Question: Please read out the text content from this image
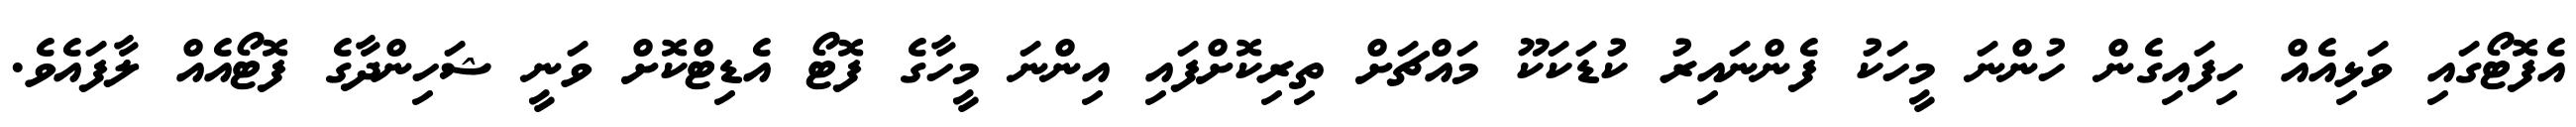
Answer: އެފޮޓޯގައި ވަޅިއެއް ހިފައިގެން ހުންނަ މީހަކު ފެންނައިރު ކުޑަކަކޫ މައްޗަށް ތިރިކޮށްފައި އިންނަ މީހާގެ ފޮޓޯ އެޑިޓްކޮށް ވަނީ ޝަހިންދާގެ ފޮޓޯއެއް ލާފައެވެ.